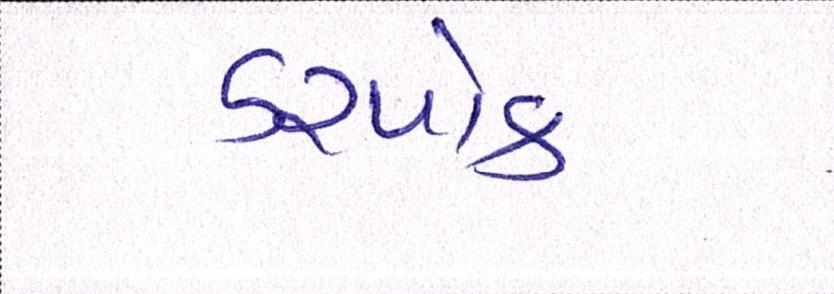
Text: ડરપોક